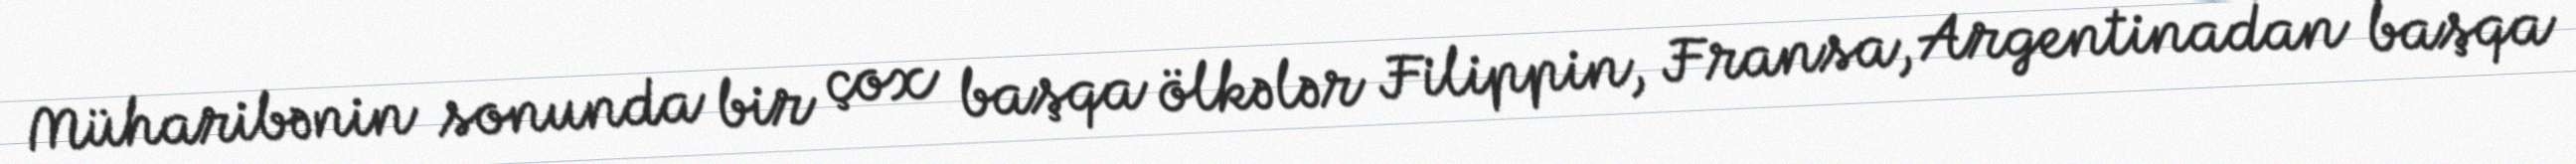
Müharibənin sonunda bir çox başqa ölkələr Filippin, Fransa, Argentinadan başqa